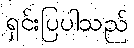
ရှင်းပြပါသည်